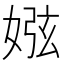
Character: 娹